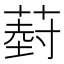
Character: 𮐦